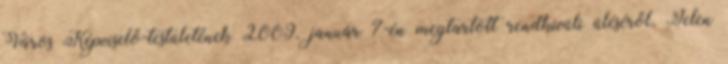
Város Képviselő-testületének 2009. január 7-én megtartott rendkívüli üléséről. Jelen